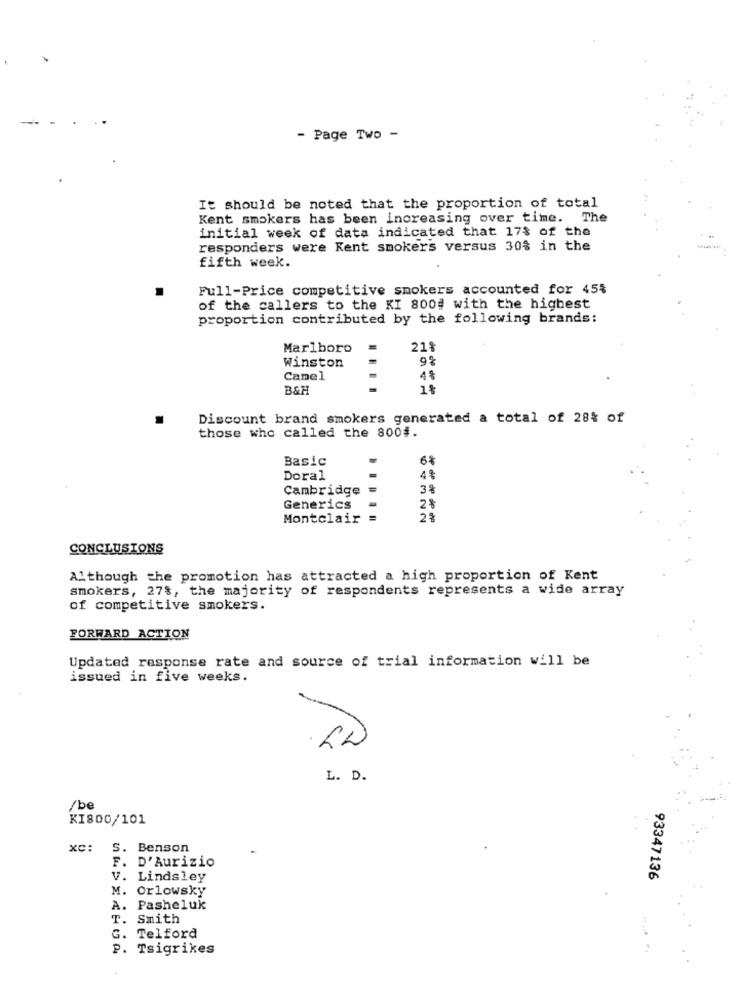
- Page Two -
It should be noted that the proportion of total
Kent smokers has been increasing over time. The
initial week of data indicated that 17% of the
responders were Kent smokers versus 30% in the
fifth week.
Full-Price competitive smokers accounted for 45%
of the callers to the KI 800# with the highest
proportion contributed by the following brands:
Marlboro
21%
Winston
9%
Camel
4%
B&H
1%
Discount brand smokers generated a total of 28% of
those who called the 8004.
Basic
6%
Doral
4%
Cambridge
3%
Generics
2%
Montclair :
2 8
CONCLUSIONS
Although the promotion has attracted a high proportion of Kent
smokers, 27%, the majority of respondents represents a wide array
of competitive smokers.
FORWARD ACTION
Updated response rate and source of trial information will be
issued in five weeks.
L. D.
/be
KI800/101
xc:
S. Benson
F. D'Aurizio
V. Lindsley
93347136
M. Orlowsky
A. Pasheluk
. Smith
G. Telford
P. Tsigrikes